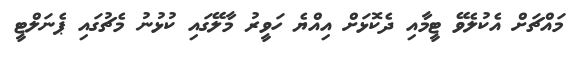
މައްޗަށް އެކުލެވޭ ޓީމާއި ދެކޮޅަށް އިއްޔެ ހަވީރު މާލޭގައި ކުޅުނު މެޗުގައި ޕެނަލްޓީ